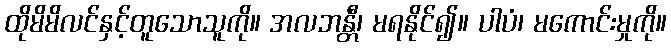
ထိုမိမိလင်နှင့်တူသောသူကို။ အလဘန္တီ၊ မရနိုင်၍။ ပါပံ၊ မကောင်းမှုကို။